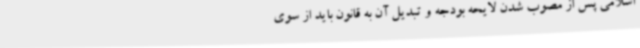
اسلامی پس از مصوب شدن لایحه بودجه و تبدیل آن به قانون باید از سوی